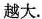
越大.